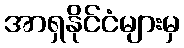
အာရှနိုင်ငံများမှ